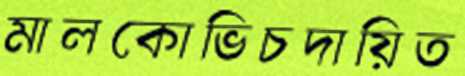
মালকোভিচদায়িত